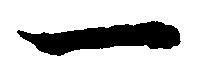
一